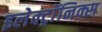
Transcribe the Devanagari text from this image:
इलेक्ट्राॅनिक्स